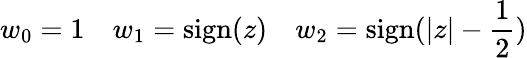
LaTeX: w_{0}=1\ \ \ \ w_{1}=\mathrm{sign}(z)\ \ \ \ w_{2}=\mathrm{sign}(|z|-{\frac{1}{2}})